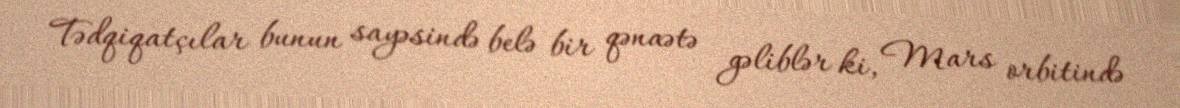
Tədqiqatçılar bunun sayəsində belə bir qənaətə gəliblər ki, Mars orbitində